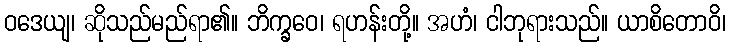
ဝဒေယျ၊ ဆိုသည်မည်ရာ၏။ ဘိက္ခဝေ၊ ရဟန်းတို့။ အဟံ၊ ငါဘုရားသည်။ ယာစိတောဝိ၊